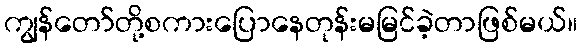
ကျွန်တော်တို့စကားပြောနေတုန်းမမြင်ခဲ့တာဖြစ်မယ်။